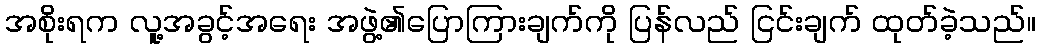
အစိုးရက လူ့အခွင့်အရေး အဖွဲ့၏ပြောကြားချက်ကို ပြန်လည် ငြင်းချက် ထုတ်ခဲ့သည်။